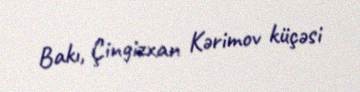
Bakı, Çingizxan Kərimov küçəsi